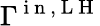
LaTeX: \Gamma^{\mathrm{~i~n~,~L~H~}}